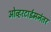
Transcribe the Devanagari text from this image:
ओव्हरटाईमनंतर